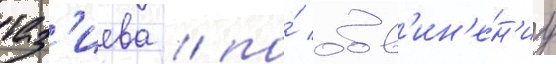
таз'иева / по́ обв'ин'е́н'иу